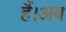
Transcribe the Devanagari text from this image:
हैं।अब